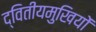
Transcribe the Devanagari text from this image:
द्वितीयमुखियों